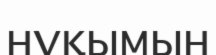
нұқымын